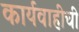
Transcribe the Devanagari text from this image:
कार्यवाहीची